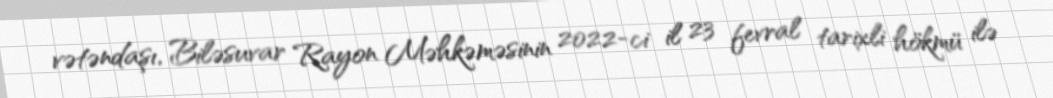
vətəndaşı, Biləsuvar Rayon Məhkəməsinin 2022-ci il 23 fevral tarixli hökmü ilə